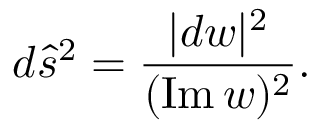
d { \hat { s } } ^ { 2 } = { \frac { | d w | ^ { 2 } } { ( \mathrm { I m } \, w ) ^ { 2 } } } .